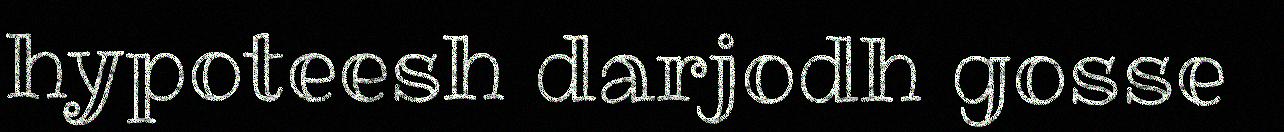
hypoteesh darjodh gosse